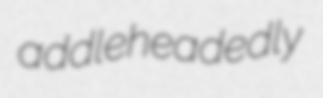
addleheadedly